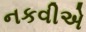
નકવીએ